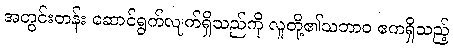
အတွင်းတန်း ဆောင်ရွက်လျက်ရှိသည်ကို လူတို့၏သဘာဝ ဧကရှိသည့်